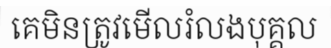
គេមិនត្រូវមើលរំលងបុគ្គល